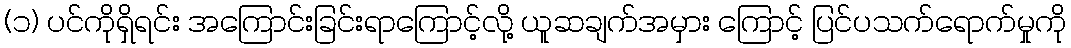
(၁) ပင်ကိုရှိရင်း အကြောင်းခြင်းရာကြောင့်လို့ ယူဆချက်အမှား ကြောင့် ပြင်ပသက်ရောက်မှုကို